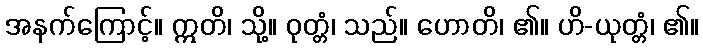
အနက်ကြောင့်။ ဣတိ၊ သို့။ ဝုတ္တံ၊ သည်။ ဟောတိ၊ ၏။ ဟိ-ယုတ္တံ၊ ၏။